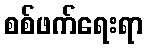
စစ်ဖက်ရေးရာ